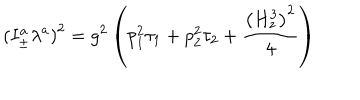
LaTeX: \left( I _ { \pm } ^ { a } \lambda ^ { a } \right) ^ { 2 } = g ^ { 2 } \left( p _ { 1 } ^ { 2 } \tau _ { 1 } + p _ { 2 } ^ { 2 } \tau _ { 2 } + \frac { \left( H _ { z } ^ { 3 } \right) ^ { 2 } } 4 \right)